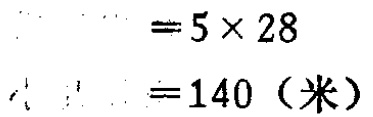
\[

\begin{align*}

&=5\times 28\\

&=140 \text{（米）}

\end{align*}

\]